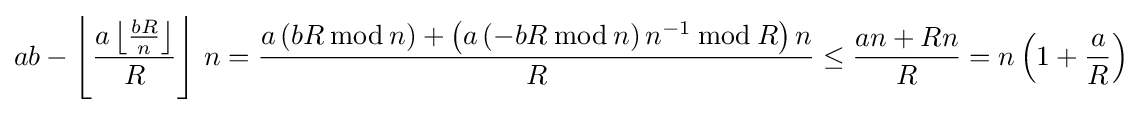
ab-\left\lfloor {\frac {a\left\lfloor {\frac {bR}{n}}\right\rfloor }{R}}\right\rfloor \,n={\frac {a\left(bR\,{\bmod {\,}}n\right)+\left(a\left(-bR\,{\bmod {\,}}n\right)n^{-1}\,{\bmod {\,}}R\right)n}{R}}\leq {\frac {an+Rn}{R}}=n\left(1+{\frac {a}{R}}\right)